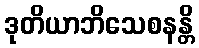
ဒုတိယာဘိသေစနန္တိ